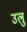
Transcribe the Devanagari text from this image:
उलु